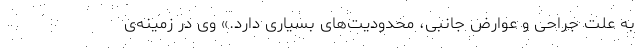
به علت جراحی و عوارض جانبی، محدودیت‌های بسیاری دارد.» وی در زمینه‌ی